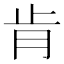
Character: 肯